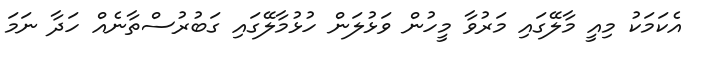
އެކަމަކު މިއީ މާލޭގައި މަރުވާ މީހުން ވަޅުލަން ހުޅުމާލޭގައި ގަބުރުސްތާނެއް ހަދާ ނަމަ